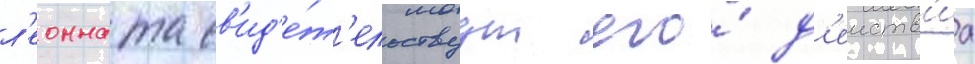
л'еонната св'ид'е́т'ельствуут его́ д'еиств'иа